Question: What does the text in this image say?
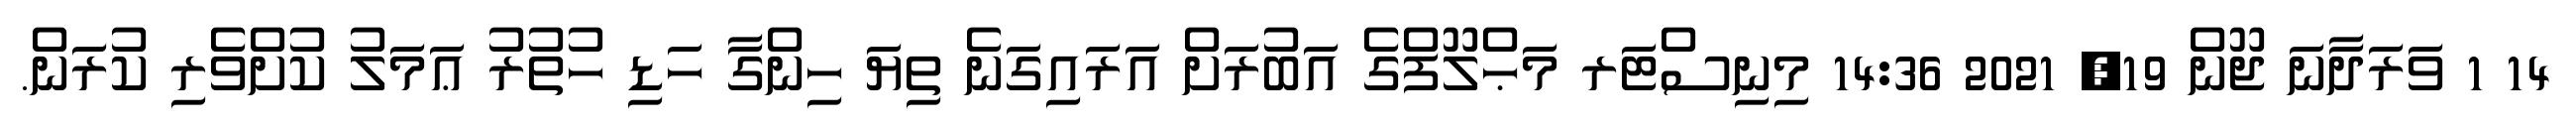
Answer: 14 1 ވަރަދާނަ ޖޫން 19, 2021 14:36 މިނިސްޓަރ މަޙްލޫފްގެ އަބުރަށް އަރައިގަނެ ތިޔަ ހިންގާ ހަޑި ހުތުރު ޢަމަލު ކުށްވެރި ކުރަން.